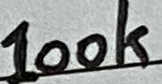
Text: 100k